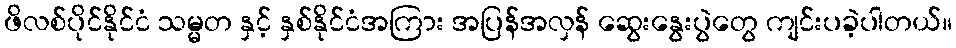
ဖိလစ်ပိုင်နိုင်ငံ သမ္မတ နှင့် နှစ်နိုင်ငံအကြား အပြန်အလှန် ဆွေးနွေးပွဲတွေ ကျင်းပခဲ့ပါတယ်။